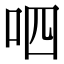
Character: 呬